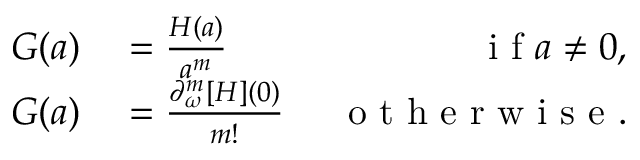
\begin{array} { r } { \begin{array} { r l r } { G ( a ) } & { { } = \frac { H ( a ) } { a ^ { m } } ~ } & { \mathrm { ~ i ~ f ~ } a \neq 0 , } \\ { G ( a ) } & { { } = \frac { \partial _ { \omega } ^ { m } [ H ] ( 0 ) } { m ! } ~ } & { \mathrm { ~ o ~ t ~ h ~ e ~ r ~ w ~ i ~ s ~ e ~ } . } \end{array} } \end{array}